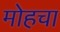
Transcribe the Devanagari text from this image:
मोहचा